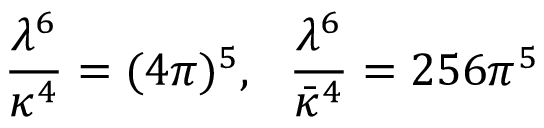
\frac { \lambda ^ { 6 } } { \kappa ^ { 4 } } = ( 4 \pi ) ^ { 5 } , \ \ \frac { \lambda ^ { 6 } } { \bar { \kappa } ^ { 4 } } = 2 5 6 \pi ^ { 5 }